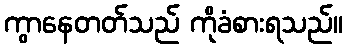
ကွာနေတတ်သည် ကိုခံစားရသည်။